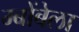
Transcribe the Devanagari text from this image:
म्बोंबेला